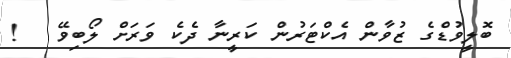
ބޮލީވުޑްގެ ޒުވާން އެކްޓަރުން ކަރީނާ ދެކެ ވަރަށް ލޯބިވޭ   !